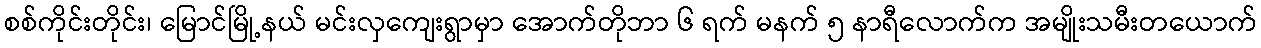
စစ်ကိုင်းတိုင်း၊ မြောင်မြို့နယ် မင်းလှကျေးရွာမှာ အောက်တိုဘာ ၆ ရက် မနက် ၅ နာရီလောက်က အမျိုးသမီးတယောက်